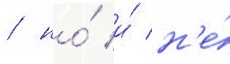
/ но́ и́ н'е́